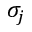
\sigma _ { j }